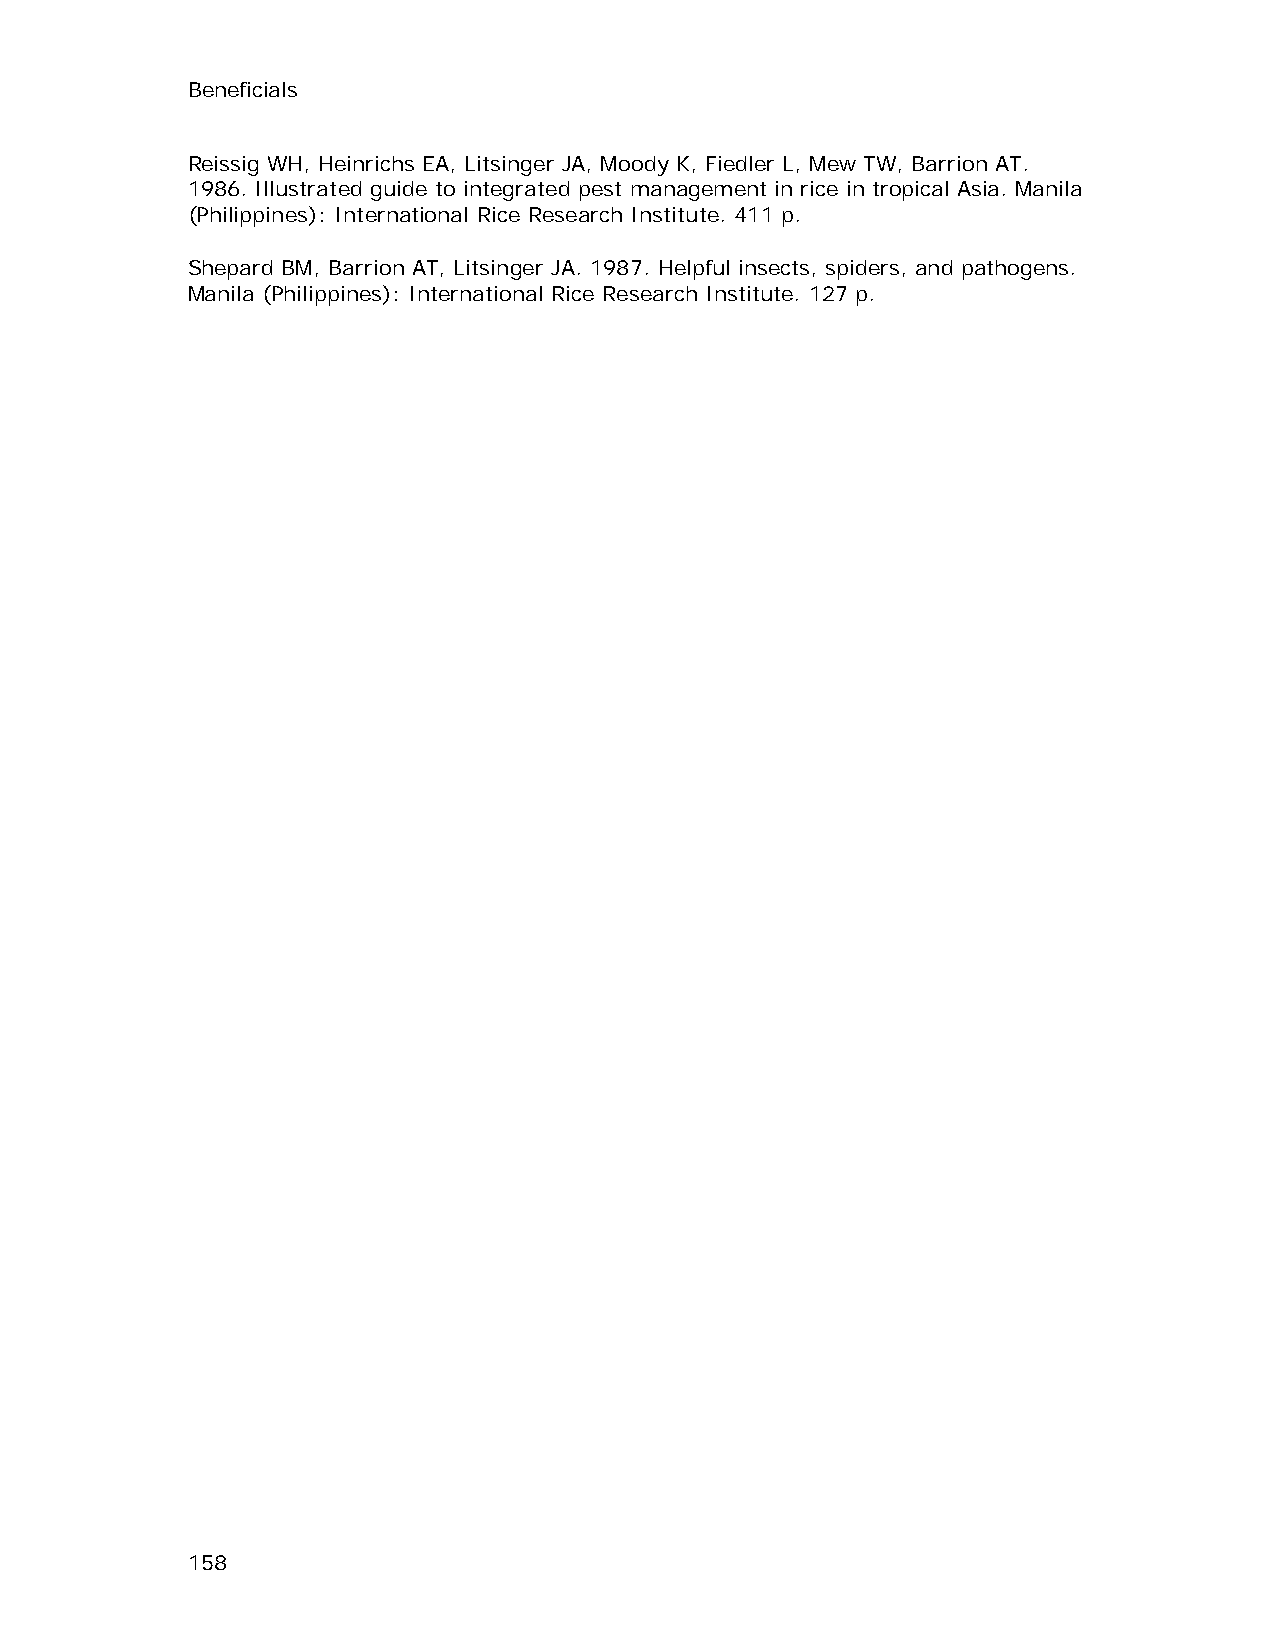
Beneficials
 Reissig WH, Heinrichs EA, Litsinger JA, Moody K, Fiedler L, Mew TW, Barrion AT.
 1986. Illustrated guide to integrated pest management in rice in tropical Asia. Manila
 (Philippines): International Rice Research Institute. 411 p.
 Shepard BM, Barrion AT, Litsinger JA. 1987. Helpful insects, spiders, and pathogens.
 Manila (Philippines): International Rice Research Institute. 127 p.
 158